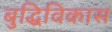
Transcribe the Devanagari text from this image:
बुद्धिविकास